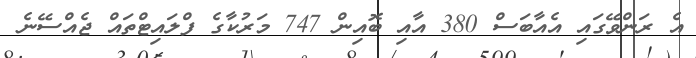
އެ ރަންވޭގައި އެއާބަސް 380 އާއި ބޮއިން 747 މަރުކާގެ ފްލައިޓްތައް ޖެއްސޭނެ